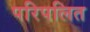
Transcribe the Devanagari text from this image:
परिपलित